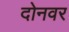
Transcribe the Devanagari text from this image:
दोनवर